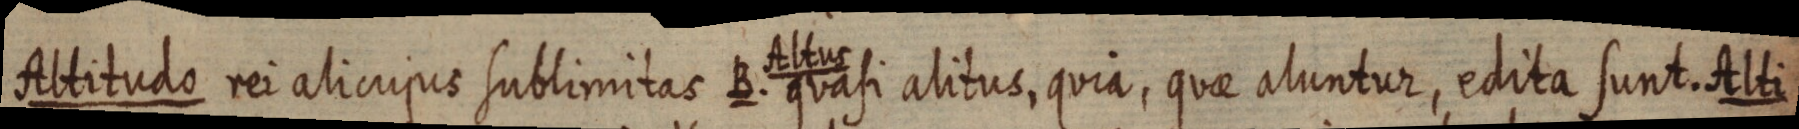
Altitudo rei alicujus sublimitas B. Altus quasi alitus, quia, quae aluntur, edita sunt. Alti